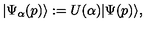
| \Psi _ { \alpha } ( p ) \rangle : = U ( \alpha ) | \Psi ( p ) \rangle ,